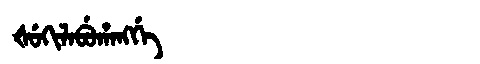
Manchu: ᡧᡠᡴᡳᠯᠠᠪᡠᡥᠠᠩᡤᡝ
Romanization: ŠUKILABUHANGGE